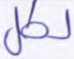
لكل